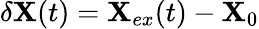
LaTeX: \delta\textbf{X}(t)=\textbf{X}_{ex}(t)-\textbf{X}_{0}